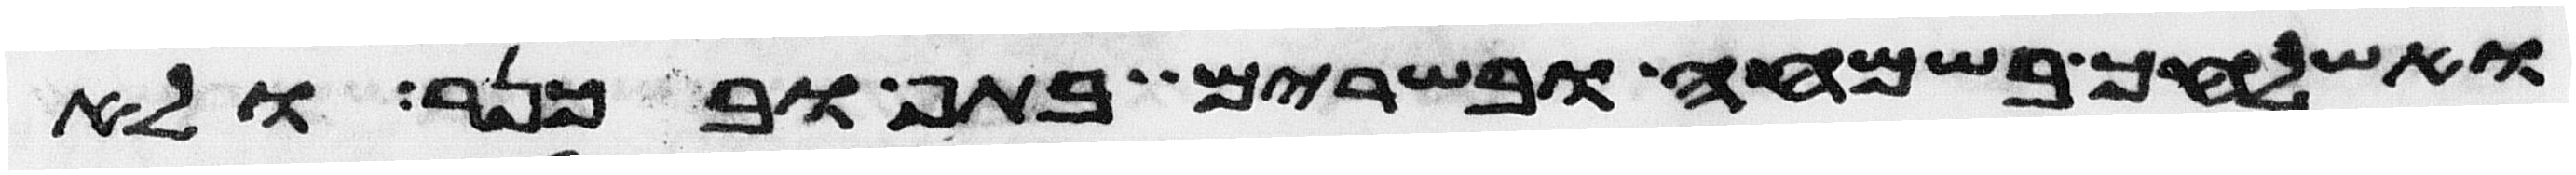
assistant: ואשלחך בשמחה בשרים בתף ובכנר ולא